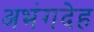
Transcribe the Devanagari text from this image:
अभंगदेह